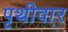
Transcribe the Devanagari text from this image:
पृथीवार